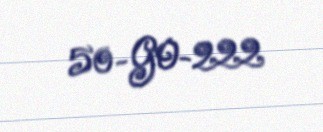
50-GO-222